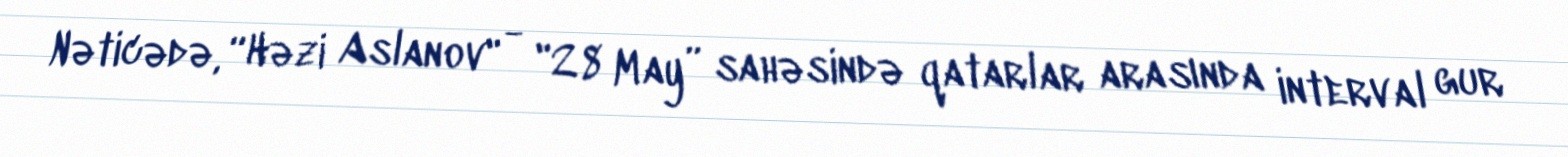
Nəticədə, “Həzi Aslanov" - "28 May” sahəsində qatarlar arasında interval gur